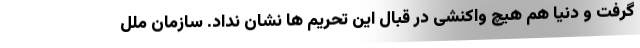
گرفت و دنیا هم هیچ واکنشی در قبال این تحریم ها نشان نداد. سازمان ملل